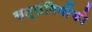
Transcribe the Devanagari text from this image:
सत्‍संगियोंको